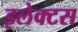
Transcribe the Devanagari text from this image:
इलेक्टस